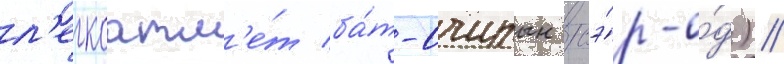
л'егкоатл'е́т ба́т-очирын сэ́р-о́д) //